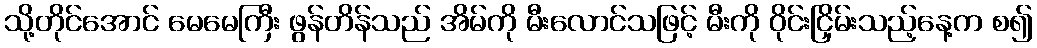
သို့တိုင်အောင် မေမေကြီး ဖွန်တိန်သည် အိမ်ကို မီးလောင်သဖြင့် မီးကို ဝိုင်းငြှိမ်းသည့်နေ့က စ၍